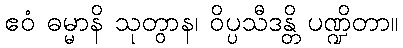
ဧဝံ ဓမ္မာနိ သုတွာန၊ ဝိပ္ပသီဒန္တိ ပဏ္ဍိတာ။